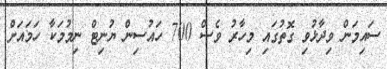
ސައިމަން ވިދާޅުވި ގޮތުގައި މިހާރު ވެސް 700 ހައުސިން ޔުނިޓް ނިމުމަކާ ހަމައަށް